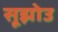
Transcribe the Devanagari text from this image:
सूझोउ